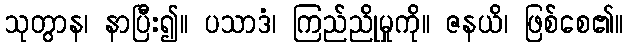
သုတွာန၊ နာပြီး၍။ ပသာဒံ၊ ကြည်ညိုမှုကို။ ဇနယိ၊ ဖြစ်စေ၏။